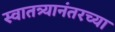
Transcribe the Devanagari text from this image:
स्वातत्र्यानंतरच्या